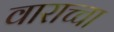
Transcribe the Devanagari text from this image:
वाराच्चा